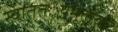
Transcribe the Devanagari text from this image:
स्वातंत््रयमूलक